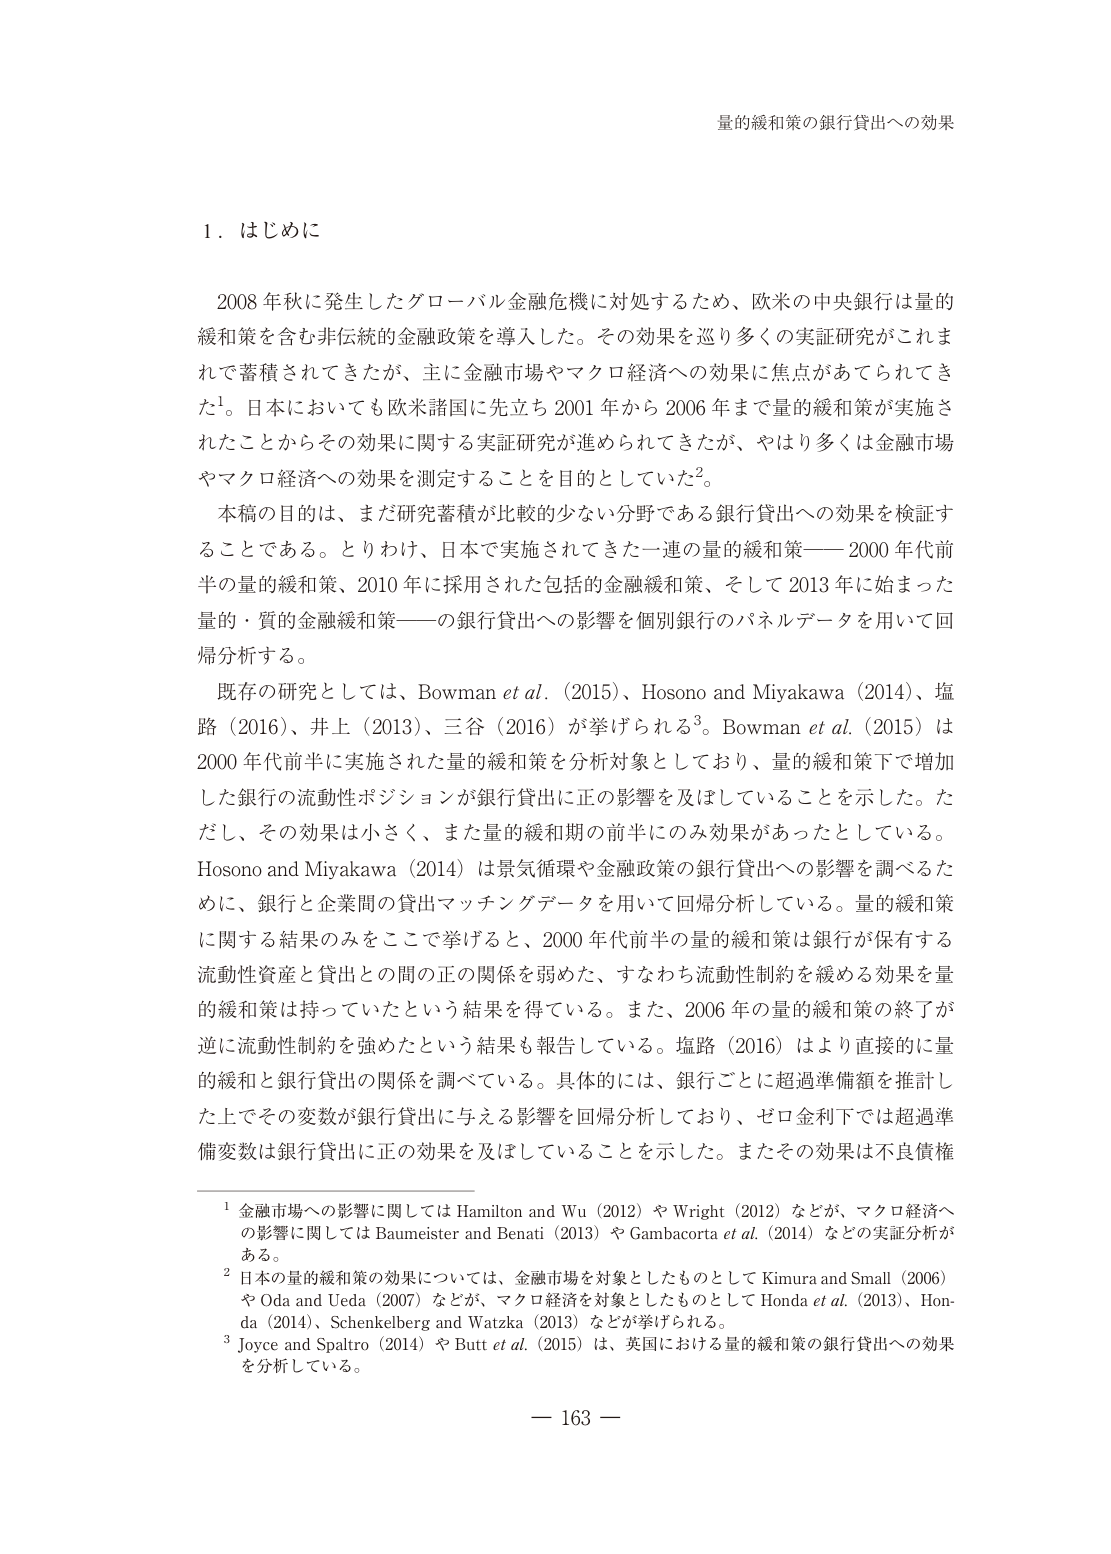
量的緩和策の銀行貸出への効果

１．はじめに

2008年秋に発生したグローバル金融危機に対処するため、欧米の中央銀行は量的緩和策を含む非伝統的金融政策を導入した。その効果を巡り多くの実証研究がこれまでに蓄積されてきたが、主に金融市場やマクロ経済への効果に焦点があてられてきた¹。日本においても欧米諸国に先立ち2001年から2006年まで量的緩和策が実施されたことからその効果に関する実証研究が進められてきたが、やはり多くは金融市場やマクロ経済への効果を測定することを目的としていた²。

本稿の目的は、まだ研究蓄積が比較的少ない分野である銀行貸出への効果を検証することである。とりわけ、日本で実施されてきた一連の量的緩和策——2000年代前半の量的緩和策、2010年に採用された包括的金融緩和策、そして2013年に始まった量的・質的金融緩和策——の銀行貸出への影響を個別銀行のパネルデータを用いて回帰分析する。

既存の研究としては、Bowman et al.（2015）、Hosono and Miyakawa（2014）、塩路（2016）、井上（2013）、三谷（2016）が挙げられる³。Bowman et al.（2015）は2000年代前半に実施された量的緩和策を分析対象としており、量的緩和策下で増加した銀行の流動性ポジションが銀行貸出に正の影響を及ぼしていることを示した。ただし、その効果は小さく、また量的緩和期の前半にのみ効果があったとしている。Hosono and Miyakawa（2014）は景気循環や金融政策の銀行貸出への影響を調べるために、銀行と企業間の貸出マッチングデータを用いて回帰分析している。量的緩和策に関する結果のみをここで挙げると、2000年代前半の量的緩和策は銀行が保有する流動性資産と貸出との間の正の関係を弱めた、すなわち流動性制約を緩める効果を量的緩和策は持っていたという結果を得ている。また、2006年の量的緩和策の終了が逆に流動性制約を強めたという結果も報告している。塩路（2016）はより直接的に量的緩和と銀行貸出の関係を調べている。具体的には、銀行ごとに超過準備額を推計した上でその変数が銀行貸出に与える影響を回帰分析しており、ゼロ金利下では超過準備変数は銀行貸出に正の効果を及ぼしていることを示した。またその効果は不良債権

¹ 金融市場への影響に関してはHamilton and Wu（2012）やWright（2012）などが、マクロ経済への影響に関してはBaumeister and Benati（2013）やGambacorta et al.（2014）などの実証分析がある。

² 日本の量的緩和策の効果については、金融市場を対象としたものとしてKimura and Small（2006）やOda and Ueda（2007）などが、マクロ経済を対象としたものとしてHonda et al.（2013）、Honda（2014）、Schenkelberg and Watzka（2013）などが挙げられる。

³ Joyce and Spaltro（2014）やButt et al.（2015）は、英国における量的緩和策の銀行貸出への効果を分析している。

— 163 —